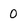
Character: 0